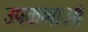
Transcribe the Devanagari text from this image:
उपकलाओं